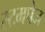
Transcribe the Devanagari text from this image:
स्टमपेज